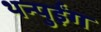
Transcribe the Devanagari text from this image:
थन्पुईंग